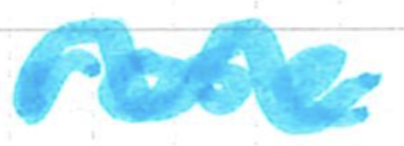
Text: rose
Cross-out: wave
Writing tool: marker